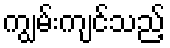
ကျွမ်းကျင်သည့်